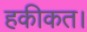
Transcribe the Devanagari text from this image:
हकीकत।